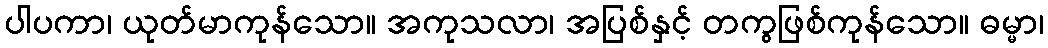
ပါပကာ၊ ယုတ်မာကုန်သော။ အကုသလာ၊ အပြစ်နှင့် တကွဖြစ်ကုန်သော။ ဓမ္မာ၊